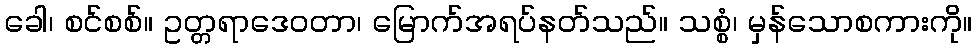
ခေါ၊ စင်စစ်။ ဥတ္တရာဒေဝတာ၊ မြောက်အရပ်နတ်သည်။ သစ္စံ၊ မှန်သောစကားကို။